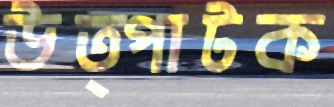
উত্পাটক